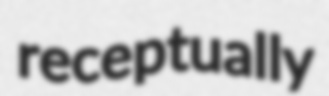
receptually